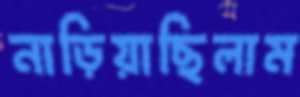
নাড়িয়াছিলাম